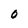
Character: O